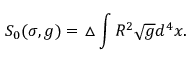
S _ { 0 } ( \sigma , g ) = \triangle \int R ^ { 2 } \sqrt { g } d ^ { 4 } x .